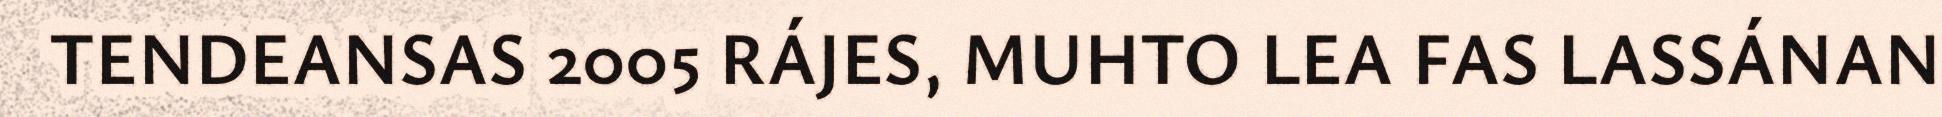
TENDEANSAS 2005 RÁJES, MUHTO LEA FAS LASSÁNAN